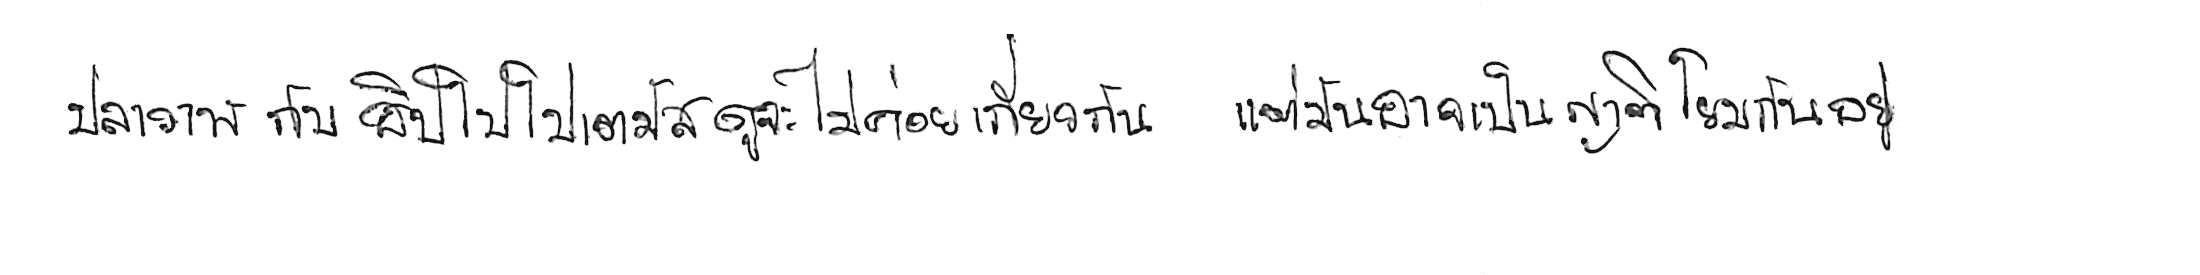
ปลาวาฬ กับ ฮิปโปโปเตมัส ดูจะไม่ค่อยเกี่ยวกัน แต่มันอาจเป็นญาติโยมกันอยู่